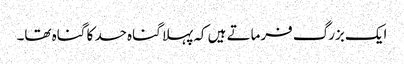
ایک بزرگ فرماتے ہیں کہ پہلا گناہ حسد کا گناہ تھا۔